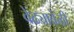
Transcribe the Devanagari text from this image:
वेढ्यावेळी